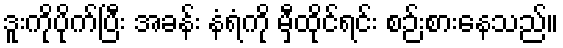
ဒူးကိုပိုက်ပြီး အခန်း နံရံကို မှီထိုင်ရင်း စဉ်းစားနေသည်။